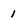
Character: 1